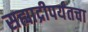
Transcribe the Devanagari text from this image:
सह्याद्रीपर्यंतचा